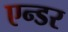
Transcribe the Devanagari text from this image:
एन्डर